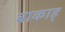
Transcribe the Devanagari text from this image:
बाकाह्